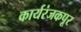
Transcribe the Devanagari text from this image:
कार्यरंजकपूर